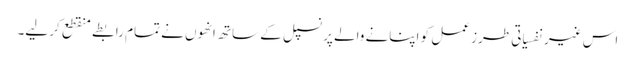
اس غیر نفسیاتی طرز عمل کو اپنانے والے پرنسپل کے ساتھ انھوں نے تمام رابطے منقطع کر لیے۔